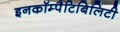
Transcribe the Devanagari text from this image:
इनकॉम्पैटिबिलिटी